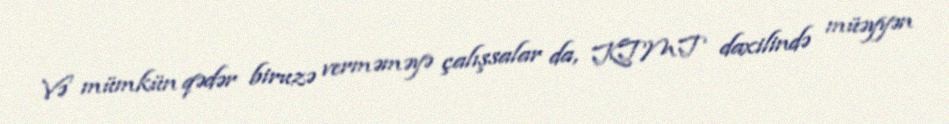
Və mümkün qədər biruzə verməməyə çalışsalar da, KTMT daxilində müəyyən